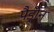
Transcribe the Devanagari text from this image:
पैड्रोन